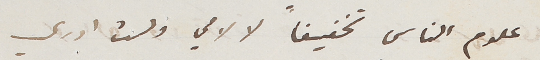
علوم الناس تخفيفاً لالامي ولست ادري